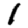
Digit: 1